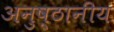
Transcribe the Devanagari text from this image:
अनुष्ठानीय